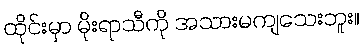
ထိုင်းမှာ မိုးရာသီကို အသားမကျသေးဘူး။